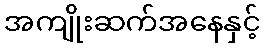
အကျိုးဆက်အနေနှင့်